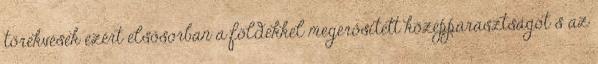
törekvések ezért elsősorban a földekkel megerősített középparasztságot s az